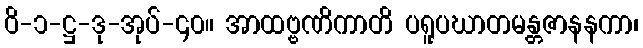
ဝိ-၁-ဋ္ဌ-ဒု-အုပ်-၄၀။ အာထဗ္ဗဏိကာတိ ပရူပဃာတမန္တဇာနနကာ၊